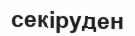
секіруден